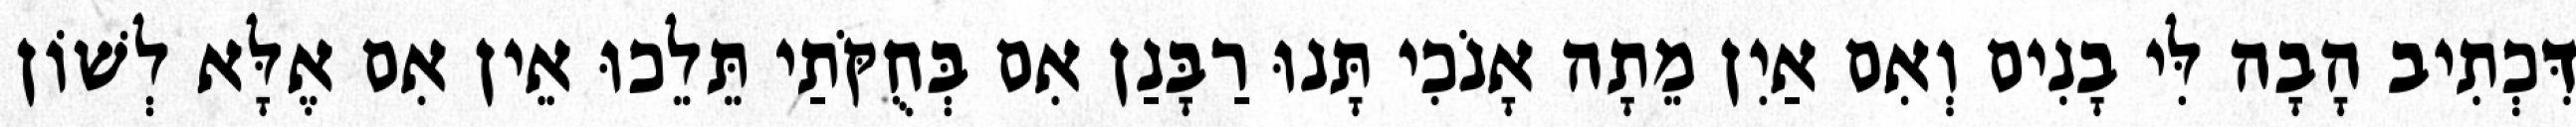
דִּכְתִיב הָבָה לִּי בָנִים וְאִם אַיִן מֵתָה אָנֹכִי תָּנוּ רַבָּנַן אִם בְּחֻקֹּתַי תֵּלֵכוּ אֵין אִם אֶלָּא לְשׁוֹן